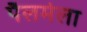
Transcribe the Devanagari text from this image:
पैलमेला